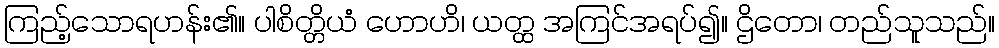
ကြည့်သောရဟန်း၏။ ပါစိတ္တိယံ ဟောဟိ၊ ယတ္ထ အကြင်အရပ်၍။ ဌိတော၊ တည်သူသည်။